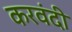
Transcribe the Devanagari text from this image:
करवंदी